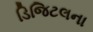
ડિજિટલના